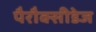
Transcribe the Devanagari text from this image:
पैरौक्सीडेज